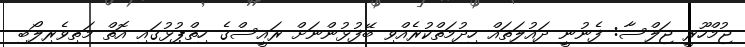
ޖުމްހޫރީ ޖަލްސާ: ފެނުނީ ދައުލަތައް ހިދުމަތްކުރެއްވި ބޭފުޅުންނަށް ރައީސްގެ ހިތްޕުޅުގައި އޮތް މަތިވެރިލޯބި